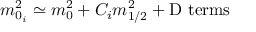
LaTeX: m _ { 0 _ { i } } ^ { 2 } \simeq m _ { 0 } ^ { 2 } + C _ { i } m _ { 1 / 2 } ^ { 2 } + \mathrm { D ~ t e r m s }